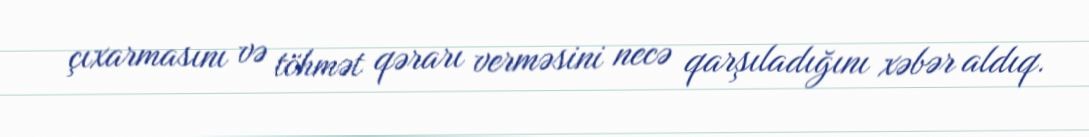
çıxarmasını və töhmət qərarı verməsini necə qarşıladığını xəbər aldıq.